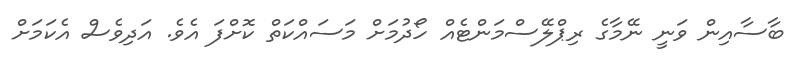
ބާސާއިން ވަނީ ނޭމާގެ ރިޕްލޭސްމަންޓެއް ހޯދުމަށް މަސައްކަތް ކޮށްފަ އެވެ. އަދިވެސް އެކަމަށް